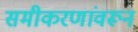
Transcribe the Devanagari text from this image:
समीकरणांवरून